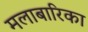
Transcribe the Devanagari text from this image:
मलाबारिका